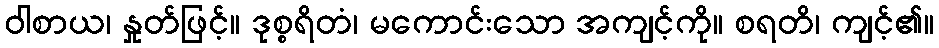
ဝါစာယ၊ နှုတ်ဖြင့်။ ဒုစ္စရိတံ၊ မကောင်းသော အကျင့်ကို။ စရတိ၊ ကျင့်၏။